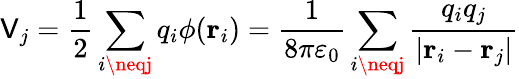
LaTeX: \mathsf{V}_{j}={\frac{{1}}{{2}}}\sum_{i\neqj}q_{i}\phi(\mathbf{{r}}_{i})={\frac{{1}}{{8\pi\varepsilon_{0}}}}\sum_{i\neqj}{\frac{{q_{i}q_{j}}}{{|\mathbf{{r}}_{i}-\mathbf{{r}}_{j}|}}}